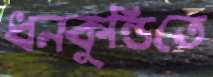
ধনকুন্ডিতে